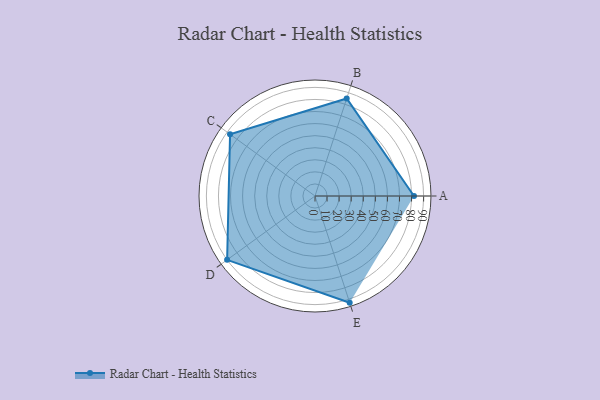
{"axis": {"x": "Skill", "y": "Score"}, "legend": ["Profile"], "data": [{"x": "A", "y": 82.0, "type": "Profile"}, {"x": "B", "y": 85.0, "type": "Profile"}, {"x": "C", "y": 87.0, "type": "Profile"}, {"x": "D", "y": 90.0, "type": "Profile"}, {"x": "E", "y": 93.0, "type": "Profile"}]}